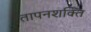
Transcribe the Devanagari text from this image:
तापनशक्ति